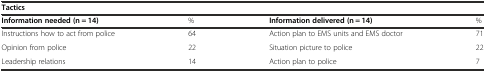
| <COLSPAN=4> Tactics |
 | Information needed (n = 14) | % | Information delivered(n = 14) | % |
 | --- | --- | --- | --- |
 | Instructions how to act from police | 64 | Action plan to EMS units and EMS doctor | 71 |
 | Opinion from police | 22 | Situation picture to police | 22 |
 | Leadership relations | 14 | Action plan to police | 7 |